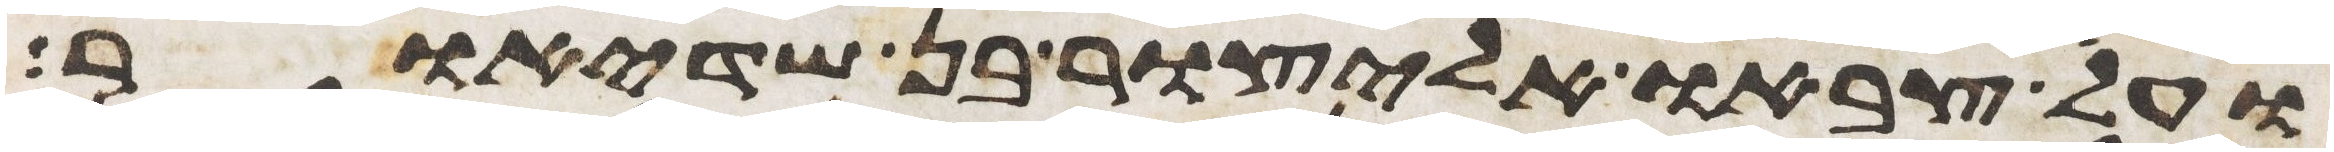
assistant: ועל צבאו אליצור בן שדיאור